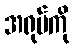
အရုပ်ကို